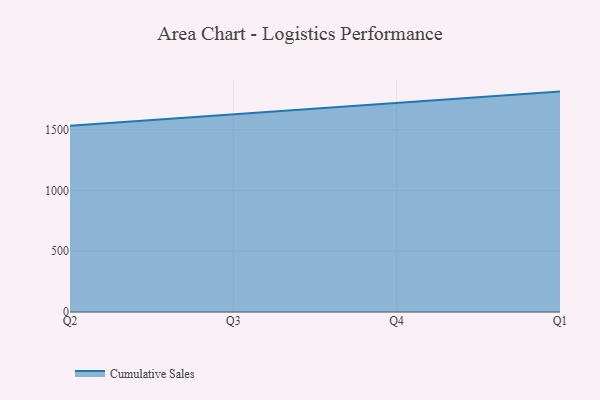
{"axis": {"x": "Quarter", "y": "LTV (USD)"}, "legend": ["Cumulative Sales"], "data": [{"x": "Q2", "y": 1533.4, "type": "Cumulative Sales"}, {"x": "Q3", "y": 1627.1, "type": "Cumulative Sales"}, {"x": "Q4", "y": 1717.1, "type": "Cumulative Sales"}, {"x": "Q1", "y": 1813.8, "type": "Cumulative Sales"}]}